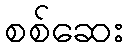
စစ်ဆေး